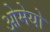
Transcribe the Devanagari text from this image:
ओमेयो